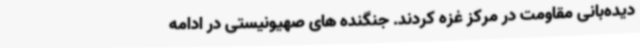
دیده‌بانی مقاومت در مرکز غزه کردند. جنگنده های صهیونیستی در ادامه